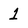
Character: 1